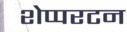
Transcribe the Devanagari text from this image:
शेप्परटन